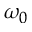
\omega _ { 0 }